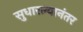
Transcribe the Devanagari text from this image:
सुधारल्यानंतर